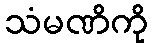
သံမဏိကို